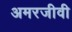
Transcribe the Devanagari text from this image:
अमरजीवी